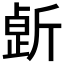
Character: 𣂸